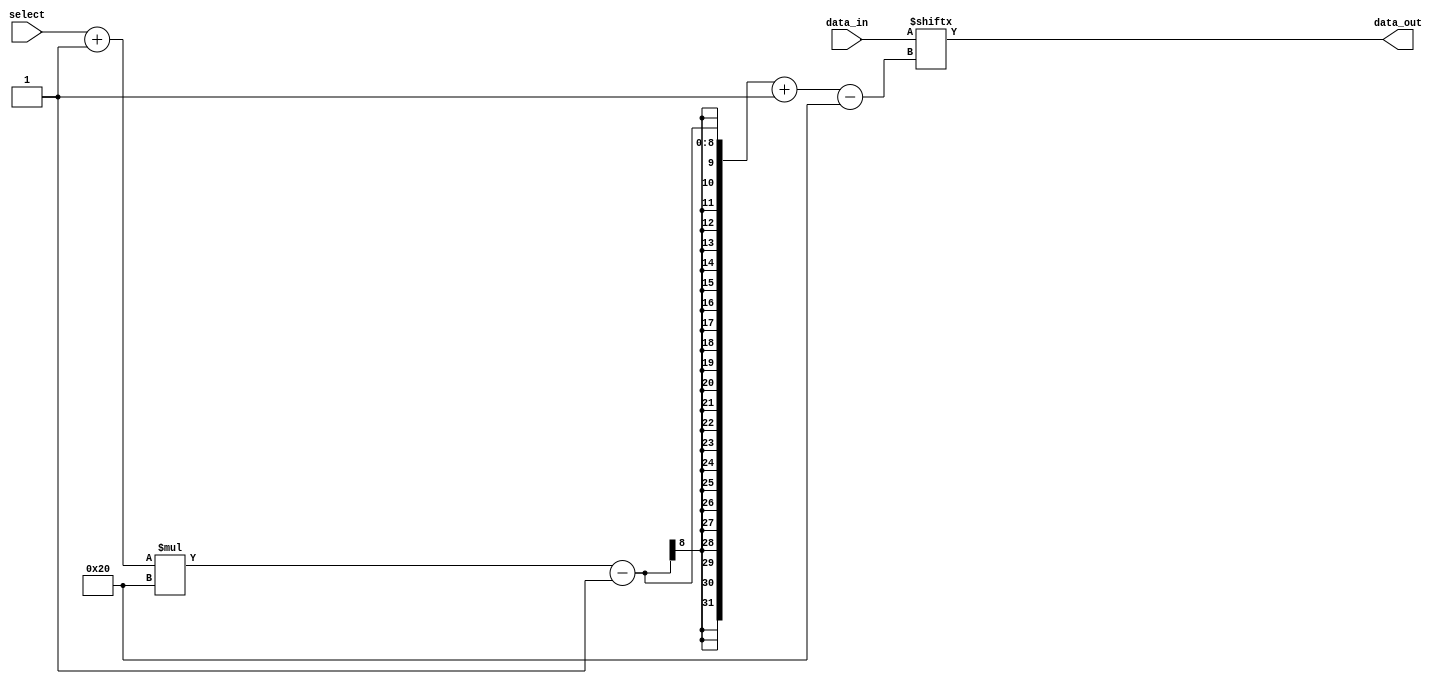
module multiplexer(
	input wire [$clog2(X)-1:0] select,
	input wire [N*X-1:0] data_in,
	output reg [N-1:0] data_out
);

parameter N = 32;
parameter X = 2;

always @* begin
	data_out <= data_in[(select+1)*N-1-:N];
end

endmodule